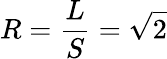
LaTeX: R={\frac{L}{S}}={\sqrt{2}}